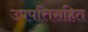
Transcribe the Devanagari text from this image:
उपपत्तिसहित